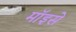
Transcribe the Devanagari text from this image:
मॉइसे